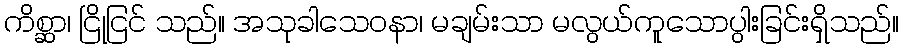
ကိစ္ဆာ၊ ငြိုငြင် သည်။ အသုခါသေဝနာ၊ မချမ်းသာ မလွယ်ကူသောပွါးခြင်းရှိသည်။